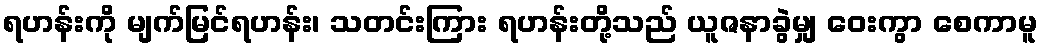
ရဟန်းကို မျက်မြင်ရဟန်း၊ သတင်းကြား ရဟန်းတို့သည် ယူဇနာခွဲမျှ ဝေးကွာ စေကာမူ